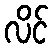
လိင်